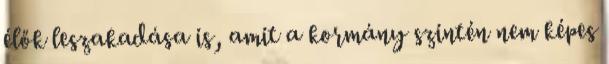
élők leszakadása is, amit a kormány szintén nem képes